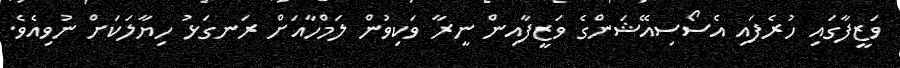
ވަޒީފާގައި ހުރެފައި އެސޯސިއޭޝަންގެ ވަޒީފާއިން ނީރާ ވަކިވުން ލަމްހާއަށް ރަނގަޅު ހިޔާލަކަށް ނުވިއެވެ.